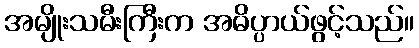
အမျိုးသမီးကြီးက အဓိပ္ပာယ်ဖွင့်သည်။